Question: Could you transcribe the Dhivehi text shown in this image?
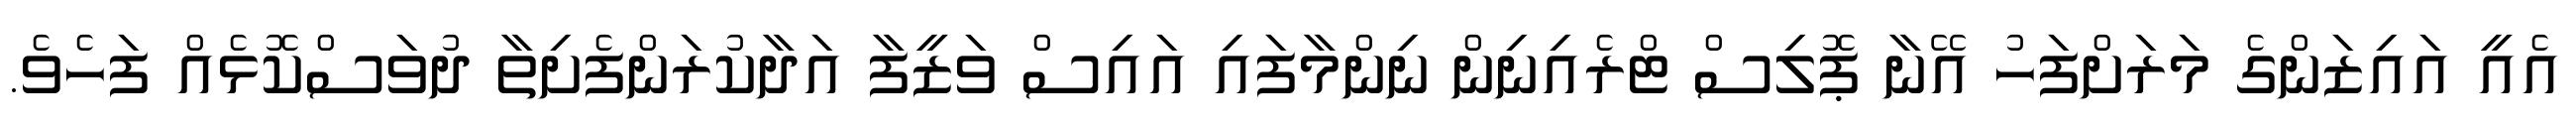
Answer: އެއީ އައިޒަންގެ މަރަށްފަހު އޭނާ ޕޮލިސް ޓްރެއިނިން ނިންމާފައި އައިސް ވަޒީފާ އަދާކުރަންފެށިތާ ދުވަސްކޮޅެއް ފަހެވެ.